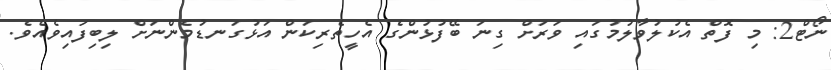
ނޯޓް2: މި ފޮތް އެކުލުވާލުމުގައި ވަރަށް ގިނަ ބޭފުޅުންގެ އެހީތެރިކަން އަޅުގަނޑުމެންނަށް ލިބިފައިވެއެވެ.